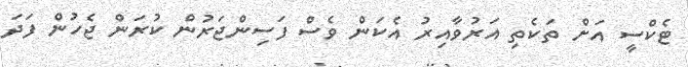
ޓެކްސީ އަށް ތަކެތި އަރުވާއިރު އެކަން ވެސް ފަސިންޖަރުން ކުރަން ޖެހުން ފަދަ